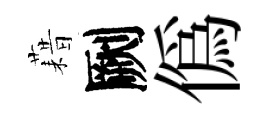
藉劂偽